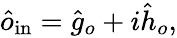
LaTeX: \begin{array}{r}{\hat{o}_{\mathrm{in}}=\hat{g}_{o}+i\hat{h}_{o},}\end{array}